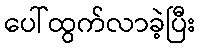
ပေါ်ထွက်လာခဲ့ပြီး